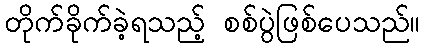
တိုက်ခိုက်ခဲ့ရသည့် စစ်ပွဲဖြစ်ပေသည်။